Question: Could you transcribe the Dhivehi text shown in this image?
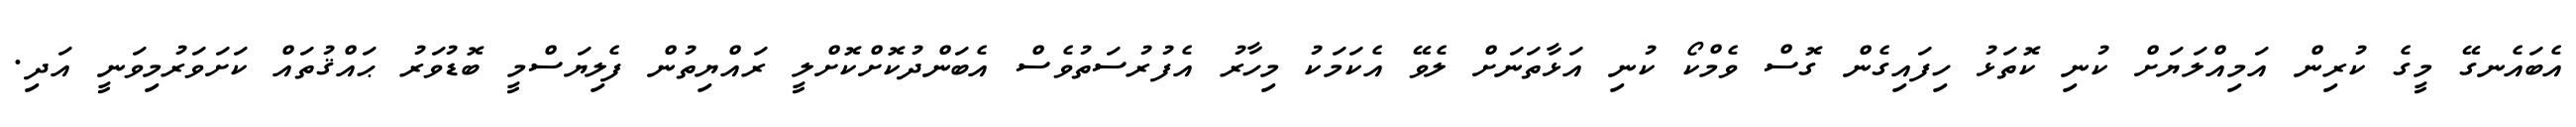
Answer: އެބައެނގޭ މީގެ ކުރިން އަމިއްލަޔަށް ކުނި ކޮތަޅު ހިފައިގެން ގޮސް ވެމްކޯ ކުނި އަޅާތަނަށް ލެވޭ އެކަމަކު މިހާރު އެފުރުސަތުވެސް އެބަންދުކޮށްކޮށްލީ ރައްޔިތުން ފެލިޔަސްމީ ބޮޑުވަރު ޙައްޤުތައް ކަށަވަރުމިވަނީ އަދި.